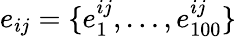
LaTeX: e_{ij}=\{ e_{1}^{ij},\ldots,e_{100}^{ij}\}